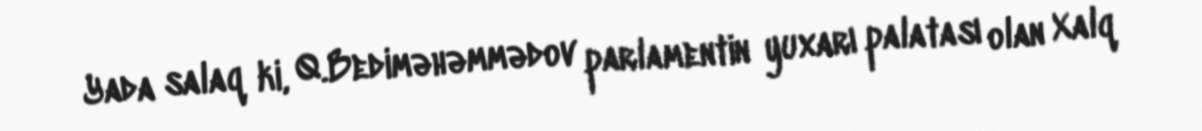
Yada salaq ki, Q.Bediməhəmmədov parlamentin yuxarı palatası olan Xalq